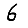
Digit: 6